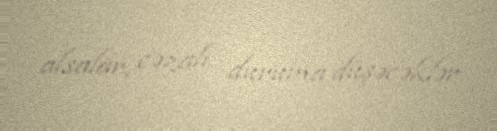
alsalar, cəzalı duruma düşəcəklər.